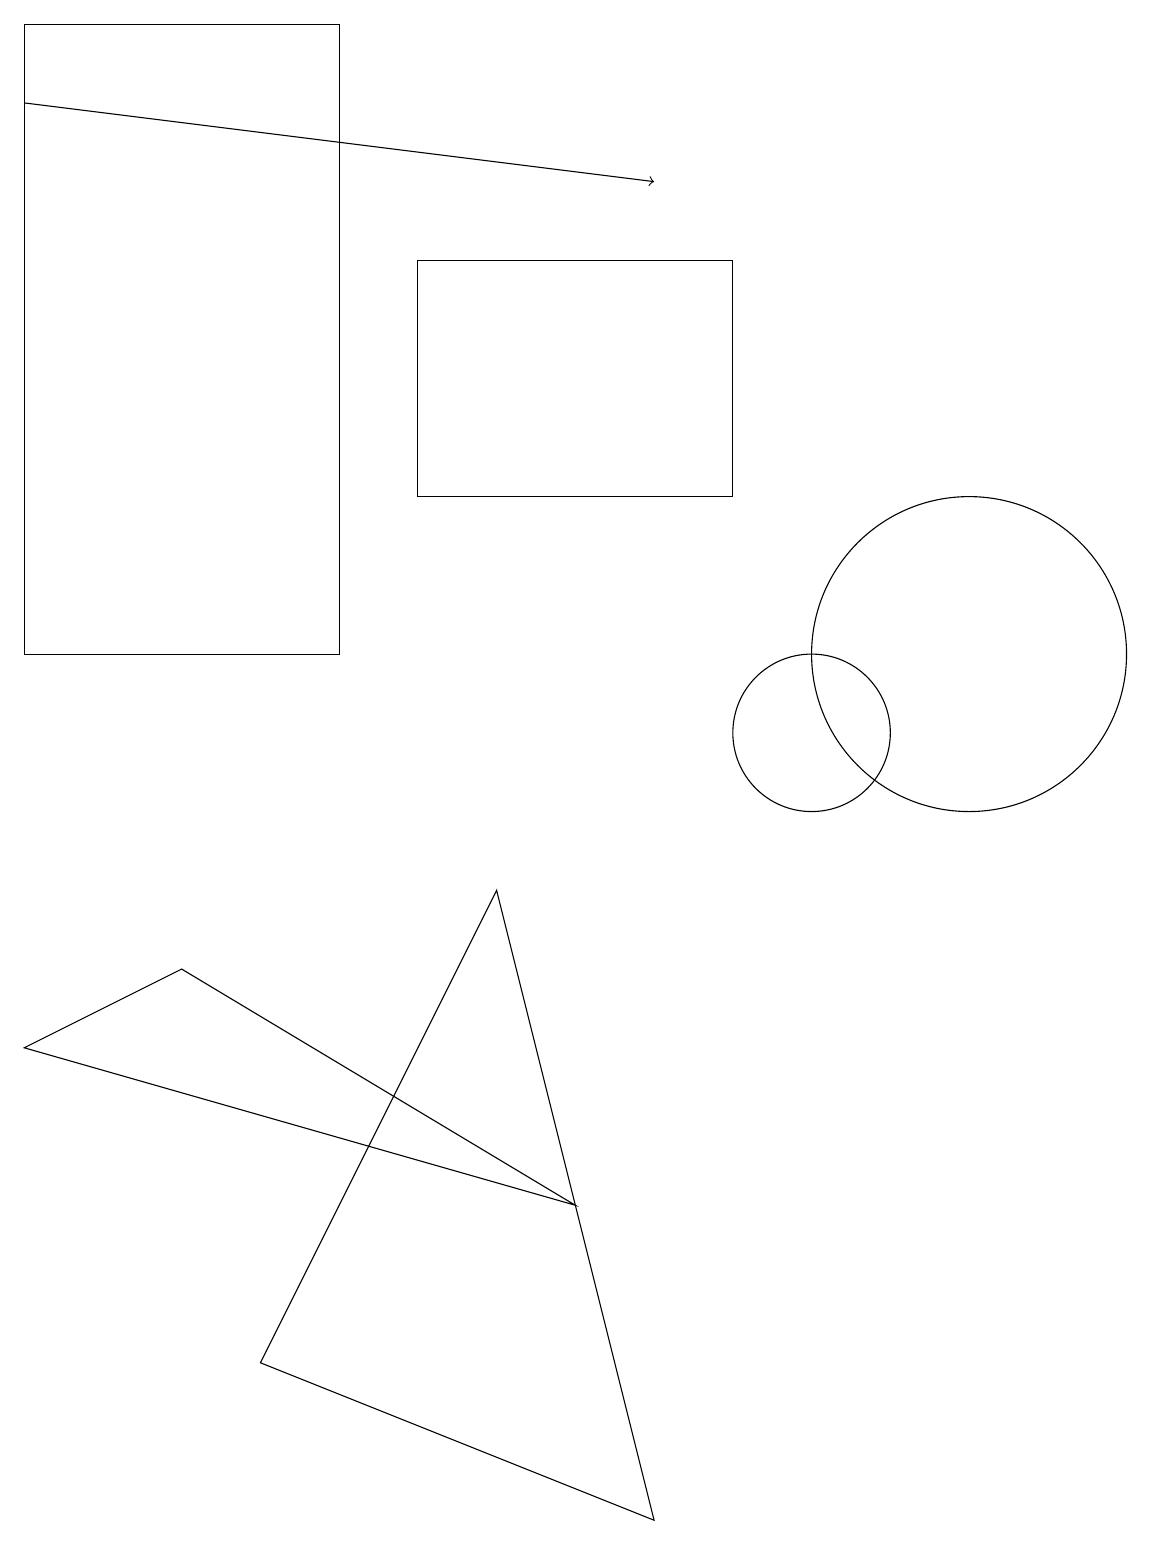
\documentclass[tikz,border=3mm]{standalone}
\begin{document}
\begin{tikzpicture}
\draw[->] (0,18) -- (8,17);
\draw (2,7) -- (7,4) -- (0,6) -- cycle;
\draw (10,10) circle (1);
\draw (9,16) rectangle (5,13);
\draw (12,11) circle (2);
\draw (0,19) rectangle (4,11);
\draw (6,8) -- (3,2) -- (8,0) -- cycle;
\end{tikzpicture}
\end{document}